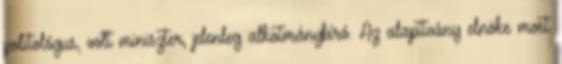
politológus, volt miniszter, jelenleg alkotmánybíró. Az alapítvány elnöke most